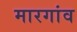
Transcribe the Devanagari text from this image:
मारगांव